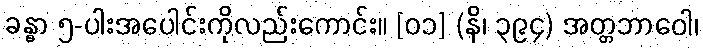
ခန္ဓာ ၅-ပါးအပေါင်းကိုလည်းကောင်း။ [၀၁] (နိ၊ ၃၉၄) အတ္တဘာဝေါ၊